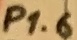
Text: P1.6